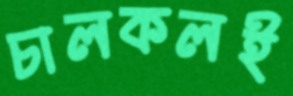
চালকলই